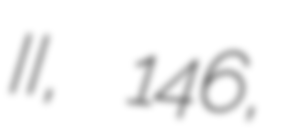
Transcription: II, 146,